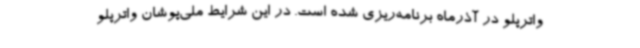
واترپلو در آذرماه برنامه‌ریزی شده است. در این شرایط ملی‌پوشان واترپلو